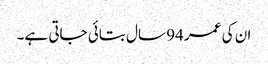
ان کی عمر 94 سال بتائی جاتی ہے۔